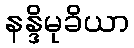
နန္ဒိမုခိယာ